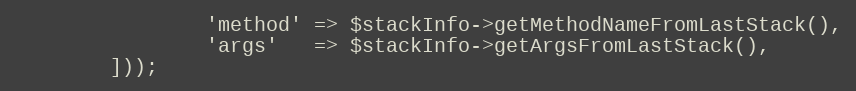
Language: PHP
                'method' => $stackInfo->getMethodNameFromLastStack(),
                'args'   => $stackInfo->getArgsFromLastStack(),
        ]));